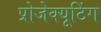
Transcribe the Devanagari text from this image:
प्रोजेक्यूटिंग